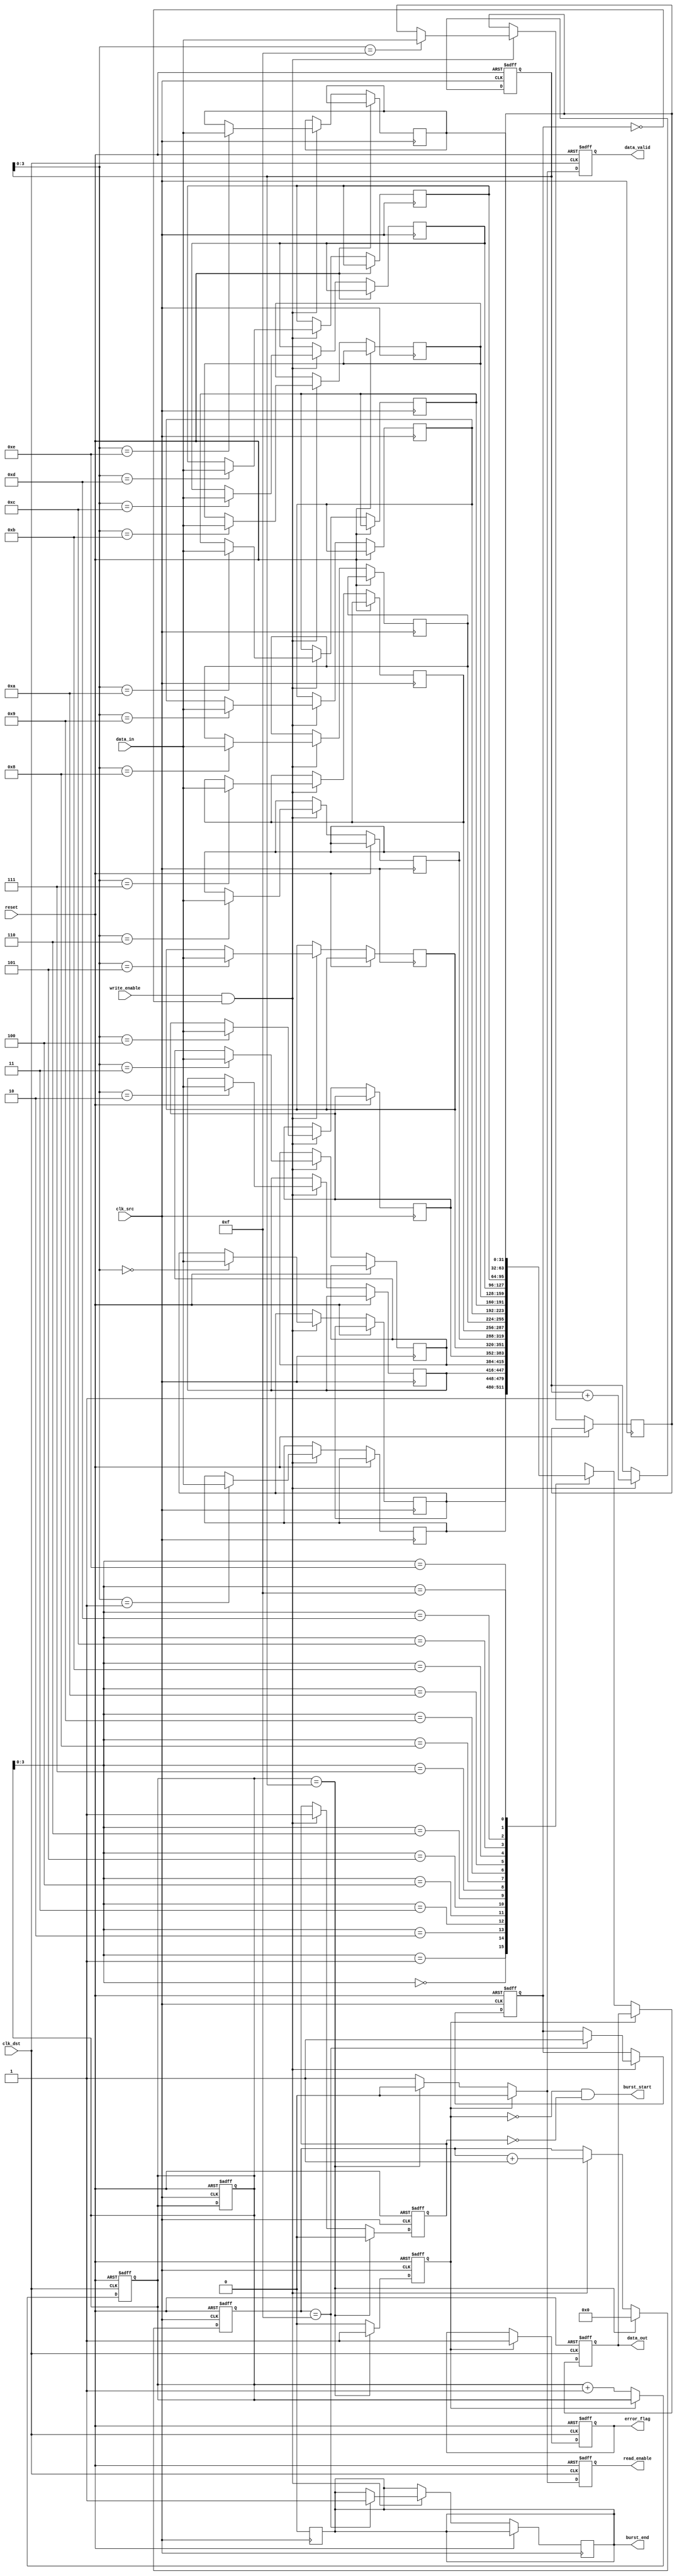
module MemoryBurstSynchronizer #(
    parameter DATA_WIDTH = 32,
    parameter FIFO_DEPTH = 16
)(
    input wire clk_src,            // Source clock
    input wire clk_dst,            // Destination clock
    input wire reset,              // Asynchronous reset
    input wire [DATA_WIDTH-1:0] data_in, // Data input
    input wire write_enable,       // Write enable for input FIFO
    output wire [DATA_WIDTH-1:0] data_out, // Data output
    output wire read_enable,       // Read enable for output FIFO
    output wire data_valid,        // Data valid signal
    output wire burst_start,       // Signal indicating burst start
    output wire burst_end,         // Signal indicating burst end
    output wire error_flag         // Error detection flag
);

    // Internal signals
    reg [DATA_WIDTH-1:0] fifo_input [0:FIFO_DEPTH-1];
    reg [FIFO_DEPTH-1:0] fifo_head, fifo_tail; // FIFO pointers
    reg [3:0] burst_counter; // Counter for burst tracking
    reg burst_in_progress;    
    reg fifo_full, fifo_empty;
    reg [DATA_WIDTH-1:0] sync_data;
    
    // Input FIFO Buffer Management
    always @(posedge clk_src or posedge reset) begin
        if (reset) begin
            fifo_head <= 0;
            fifo_tail <= 0;
            fifo_empty <= 1;
            fifo_full <= 0;
            burst_counter <= 0;
            burst_in_progress <= 0;
        end else begin
            if (write_enable && !fifo_full) begin
                fifo_input[fifo_head] <= data_in;
                fifo_head <= fifo_head + 1;
                burst_counter <= burst_counter + 1;
                burst_in_progress <= 1;
                fifo_empty <= 0;

                if (burst_counter == FIFO_DEPTH - 1) begin
                    fifo_full <= 1;
                    burst_end <= 1; // Burst termination
                end
            end

            // Manage FIFO empty and full status
            if (fifo_tail == fifo_head) begin
                fifo_empty <= 1;
                burst_in_progress <= 0;
                burst_counter <= 0;
            end else begin
                fifo_empty <= 0;
            end
        end
    end

    // Burst Detection Logic
    assign burst_start = (!fifo_empty && !burst_in_progress);
    always @(posedge clk_src) begin
        if (burst_end) begin
            burst_end <= 0;
        end
    end

    // Data Synchronization
    always @(posedge clk_dst or posedge reset) begin
        if (reset) begin
            fifo_tail <= 0;
            read_enable <= 0;
            sync_data <= 'b0;
            data_valid <= 0;
            error_flag <= 0;
        end else begin
            if (!fifo_empty) begin
                sync_data <= fifo_input[fifo_tail]; // Sync data from FIFO
                read_enable <= 1;
                data_valid <= 1;
                fifo_tail <= fifo_tail + 1;

                // Reset conditions
                if (fifo_tail == fifo_head) begin
                    read_enable <= 0;
                    data_valid <= 0;
                end 
            end else begin
                read_enable <= 0;
                data_valid <= 0;
                error_flag <= 1; // Error handling for data loss if needed
            end
        end
    end

    // Output data
    assign data_out = sync_data;

endmodule